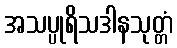
အသပ္ပုရိသဒါနသုတ္တံ